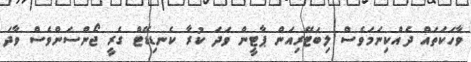
ވާހަކަތައް ދެއްކިނަމަވެސް ލިބަޓޭރިއަން ޕާޓީން ވަދަ ކުރާ ކެނޑިޑޭޓް ގެރީ ޖޯންސަންވެސް ވާދަ